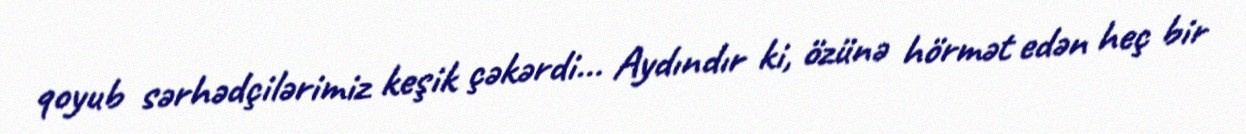
qoyub sərhədçilərimiz keşik çəkərdi... Aydındır ki, özünə hörmət edən heç bir